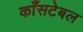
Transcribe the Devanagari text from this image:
काँसटेबल